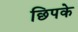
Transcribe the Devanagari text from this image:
छिपके